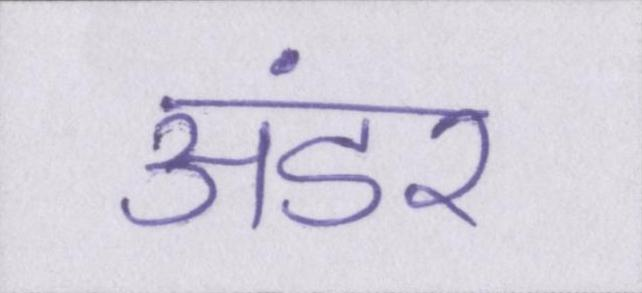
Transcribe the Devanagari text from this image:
अंडर